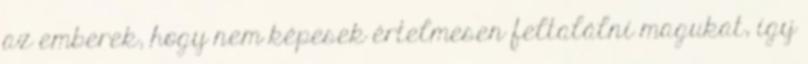
az emberek, hogy nem képesek értelmesen feltalálni magukat, így